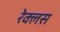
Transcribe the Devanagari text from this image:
रेक्लस